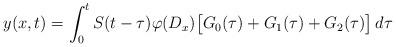
LaTeX: \begin{align*}y(x,t)=\int_0^tS(t-\tau)\varphi(D_x)\big[G_0(\tau)+G_1(\tau)+G_2(\tau)\big]\,d\tau\end{align*}